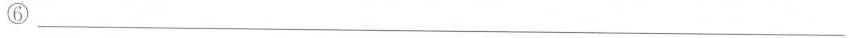
⑥___